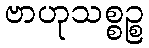
ဗာဟုသစ္စဉ္စ